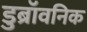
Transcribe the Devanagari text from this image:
डुब्रॉवनिक